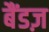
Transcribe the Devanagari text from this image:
बैंडज़